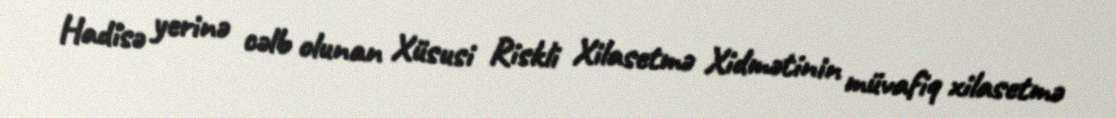
Hadisə yerinə cəlb olunan Xüsusi Riskli Xilasetmə Xidmətinin müvafiq xilasetmə